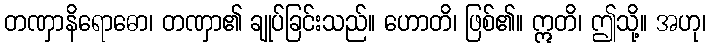
တဏှာနိရောဓော၊ တဏှာ၏ ချုပ်ခြင်းသည်။ ဟောတိ၊ ဖြစ်၏။ ဣတိ၊ ဤသို့။ အဟု၊